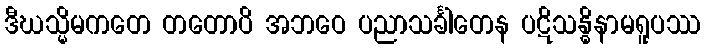
ဒီဃသ္မိမကတေ တတောပိ အဘဝေ ပညာသင်္ခါတေန ပဋိသန္ဓိနာမရူပဿ